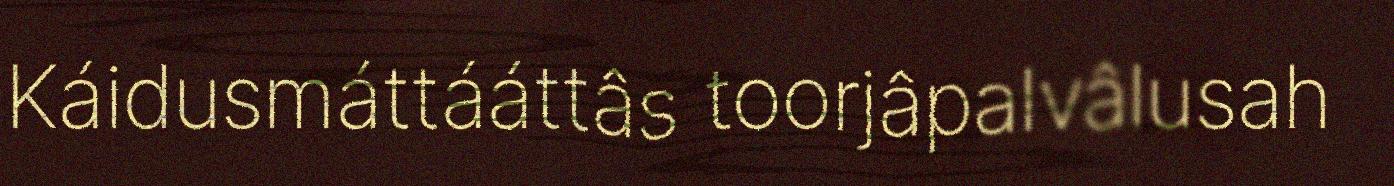
Káidusmáttááttâs toorjâpalvâlusah